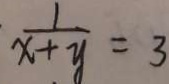
\frac { 1 } { x + y } = 3